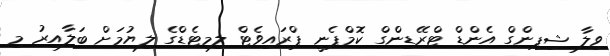
ވިލާ ޝިޕިންގް އެންޑް ޓްރޭޑިންގް ކޮމްޕެނީ ޕްރައިވެޓް ލިމިޓެޑްގެ ލިޔުމަށް ބަލާއިރު މި